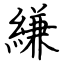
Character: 縑